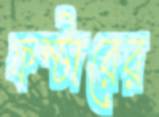
ফস্টারের